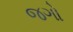
જગો